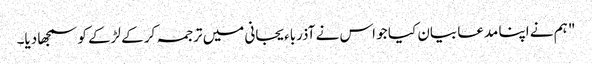
" ہم نے اپنا مدعا بیان کیا جو اس نے آذرباءیجانی میں ترجمہ کر کے لڑکے کو سمجھا دیا۔